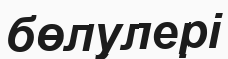
бөлулері